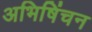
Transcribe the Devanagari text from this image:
अभिषिंचन